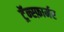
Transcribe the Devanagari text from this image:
ट्रॅन्स्फ़ार्मर